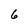
Character: 6